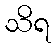
သိရ